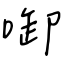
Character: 啣